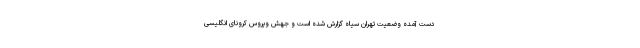
دست آمده وضعیت تهران سیاه گزارش شده است و جهش ویروس کرونای انگلیسی